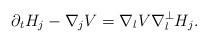
LaTeX: \begin{align*}\partial_t H_j-\nabla_j V=\nabla_l V\nabla_l^\perp H_j.\end{align*}